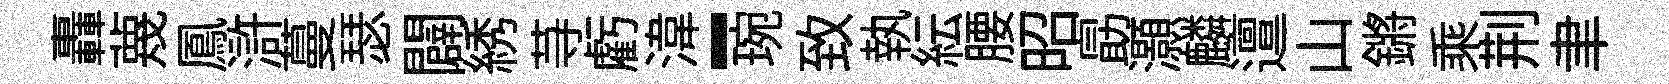
轟蔑鳳滸蔓瑟闢綉䒭虧湋-琬致執紜腰昭勗灝麟邅山鏘乘荆聿